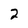
Character: 2